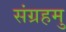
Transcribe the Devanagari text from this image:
संग्रहमु